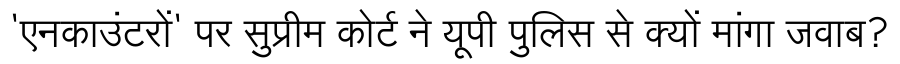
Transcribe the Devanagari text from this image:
'एनकाउंटरों' पर सुप्रीम कोर्ट ने यूपी पुलिस से क्यों मांगा जवाब?